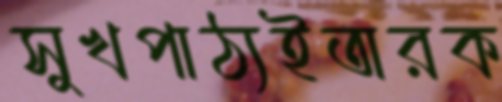
সুখপাঠ্যইতারক